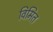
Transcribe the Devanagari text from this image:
विमित